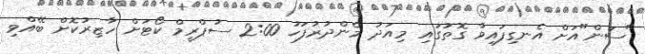
"ސަން"އަށް އެނގިފައިވާ ގޮތުގައި މިއަދު މެންދުރުފަހު 2:00 ސުޕްރީމް ކޯޓަށް ހާޒިރުކޮށް ބޭއްވި